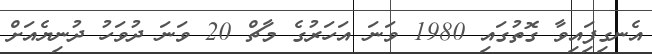
އެނގިފަިއިވާ ގޮތުގައި 1980 ވަނަ އަހަރުގެ މާޗް 20 ވަނަ ދުވަހު ދުނިޔެއަށް